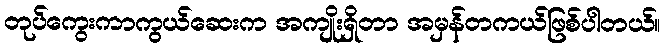
တုပ်ကွေးကာကွယ်ဆေးက အကျိုးရှိတာ အမှန်တကယ်ဖြစ်ပါတယ်။